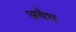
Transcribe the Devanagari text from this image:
अवैध